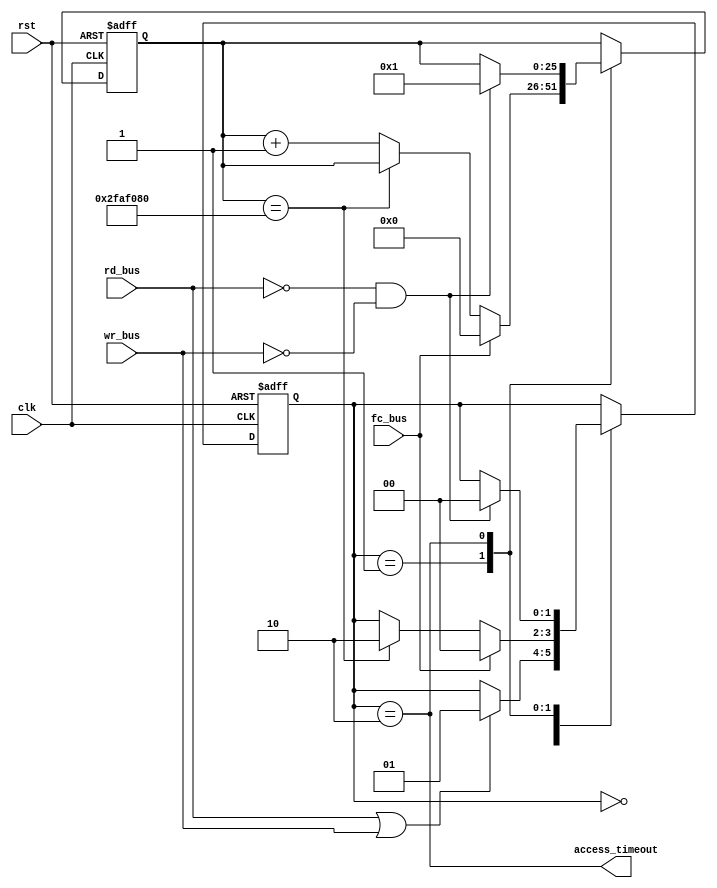
module watchdog #(
	parameter ALLOWED_SECONDS = 1.0
) (
	input clk, rst,
	
	input rd_bus, wr_bus, fc_bus,

	output access_timeout
);
	localparam integer ALLOWED_CYCLES = ALLOWED_SECONDS * 50_000_000;

	reg [$clog2(ALLOWED_CYCLES)-1:0] counter;

	reg [1:0] state;
	localparam STATE_IDLE 		= 2'd0,
			   STATE_COUNTING	= 2'd1,
			   STATE_NOTIFYING	= 2'd2;

	assign access_timeout = state == STATE_NOTIFYING;

	task reset;
		begin
			counter <= 0;
			state <= STATE_IDLE;
		end
	endtask

	task on_clock;
		begin
			case (state)
			STATE_IDLE: begin
				if (rd_bus || wr_bus)
					state <= STATE_COUNTING;
			end
			STATE_COUNTING: begin
				if (fc_bus) begin
					counter <= 0;
					state <= STATE_IDLE;
				end else if (counter == ALLOWED_CYCLES)
					state <= STATE_NOTIFYING;
				else
					counter <= counter + 1;
			end
			STATE_NOTIFYING: begin
				if (!rd_bus && !wr_bus) begin
					counter <= 1;
					state <= STATE_IDLE;
				end
			end
			endcase
		end
	endtask

	always @(posedge clk or posedge rst) begin
		if (rst) reset;
		else on_clock;
	end
endmodule